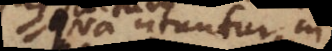
qua utuntur in